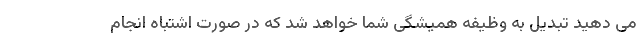
می دهید تبدیل به وظیفه همیشگی شما خواهد شد که در صورت اشتباه انجام